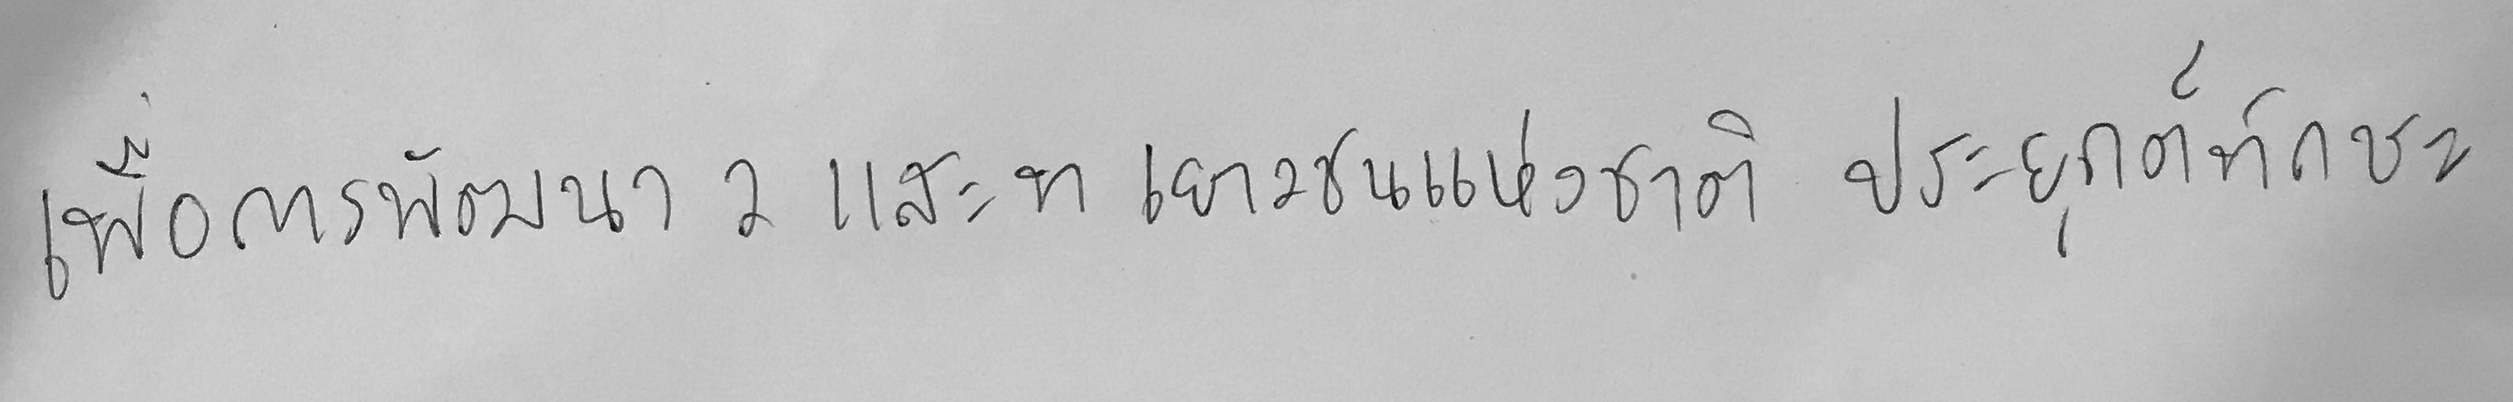
เพื่อการพัฒนา ว และ ท เยาวชนแห่งชาติ ประยุกต์ทักษะ